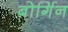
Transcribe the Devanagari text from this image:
बोर्गिन